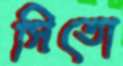
সিতো